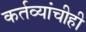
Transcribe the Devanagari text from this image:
कर्तव्यांचीही